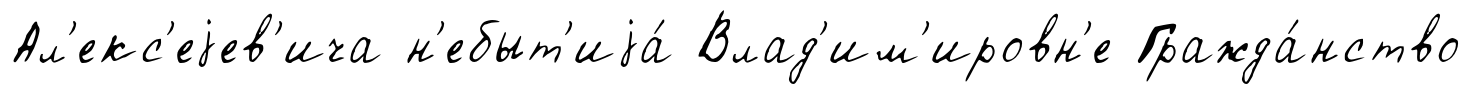
Ал'екс'еjев'ича н'ебыт'иjа́ Влад'им'ировн'е Гражда́нство